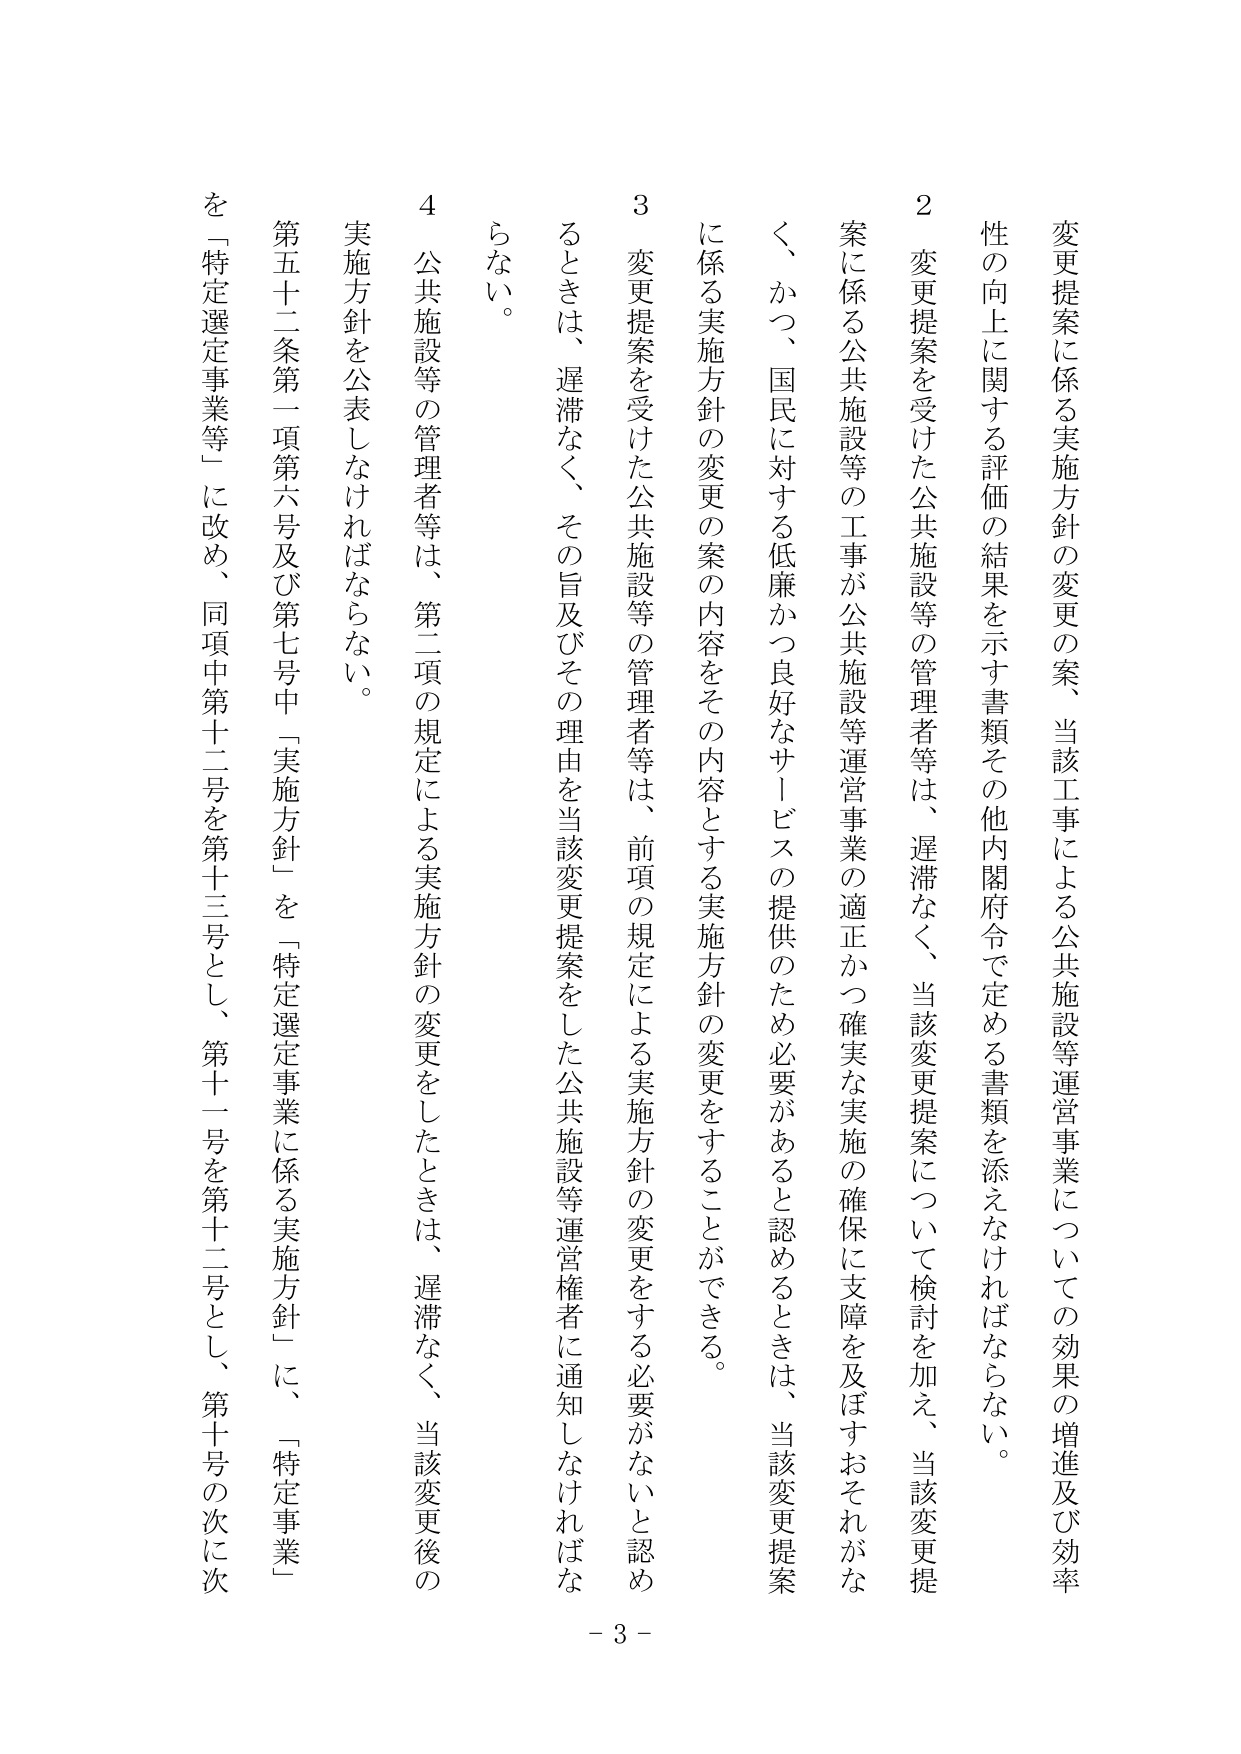
変更提案に係る実施方針の変更の案、当該工事による公共施設等運営事業についての効果の増進及び効率性の向上に関する評価の結果を示す書類その他内閣府令で定める書類を添えなければならない。

２　変更提案を受けた公共施設等の管理者等は、遅滞なく、当該変更提案について検討を加え、当該変更提案に係る公共施設等の工事が公共施設等運営事業の適正かつ確実な実施の確保に支障を及ぼすおそれがない、かつ、国民に対する低廉かつ良好なサービスの提供のため必要があると認めるときは、当該変更提案に係る実施方針の変更の案の内容をその内容とする実施方針の変更をすることができる。

３　変更提案を受けた公共施設等の管理者等は、前項の規定による実施方針の変更をする必要がないと認めるときは、遅滞なく、その旨及びその理由を当該変更提案をした公共施設等運営権者に通知しなければならない。

４　公共施設等の管理者等は、第二項の規定による実施方針の変更をしたときは、遅滞なく、当該変更後の実施方針を公表しなければならない。

第五十二条第一項第六号及び第七号中「実施方針」を「特定選定事業に係る実施方針」に、「特定事業」を「特定選定事業等」に改め、同項中第十二号を第十三号とし、第十一号を第十二号とし、第十号の次に次

- 3 -